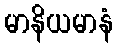
မာနိယမာနံ